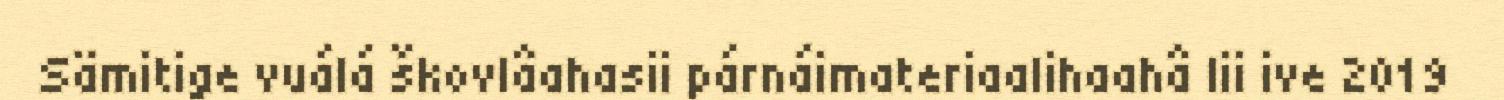
Sämitige vuálá škovlâahasii párnáimateriaalihaahâ lii ive 2019